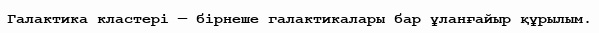
Галактика кластері — бірнеше галактикалары бар ұланғайыр құрылым.